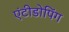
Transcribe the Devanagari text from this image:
एंटीडोपिंग